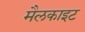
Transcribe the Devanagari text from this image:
मैलकाइट